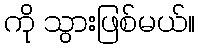
ကို သွားဖြစ်မယ်။